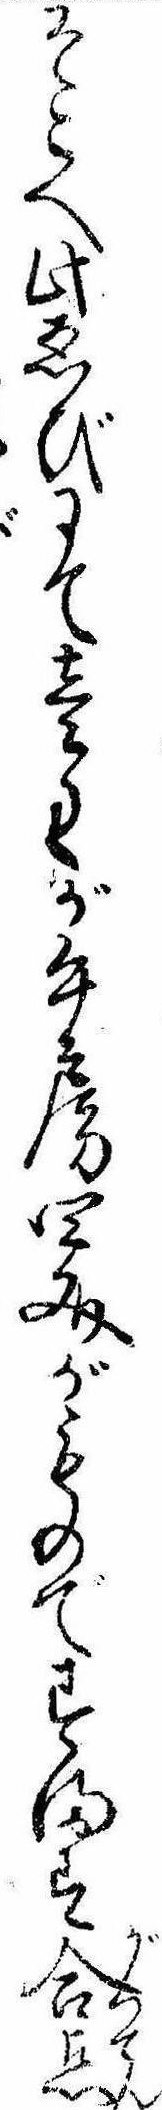
そこへ此ゑびにて壱匁が午房四文がものですます合点